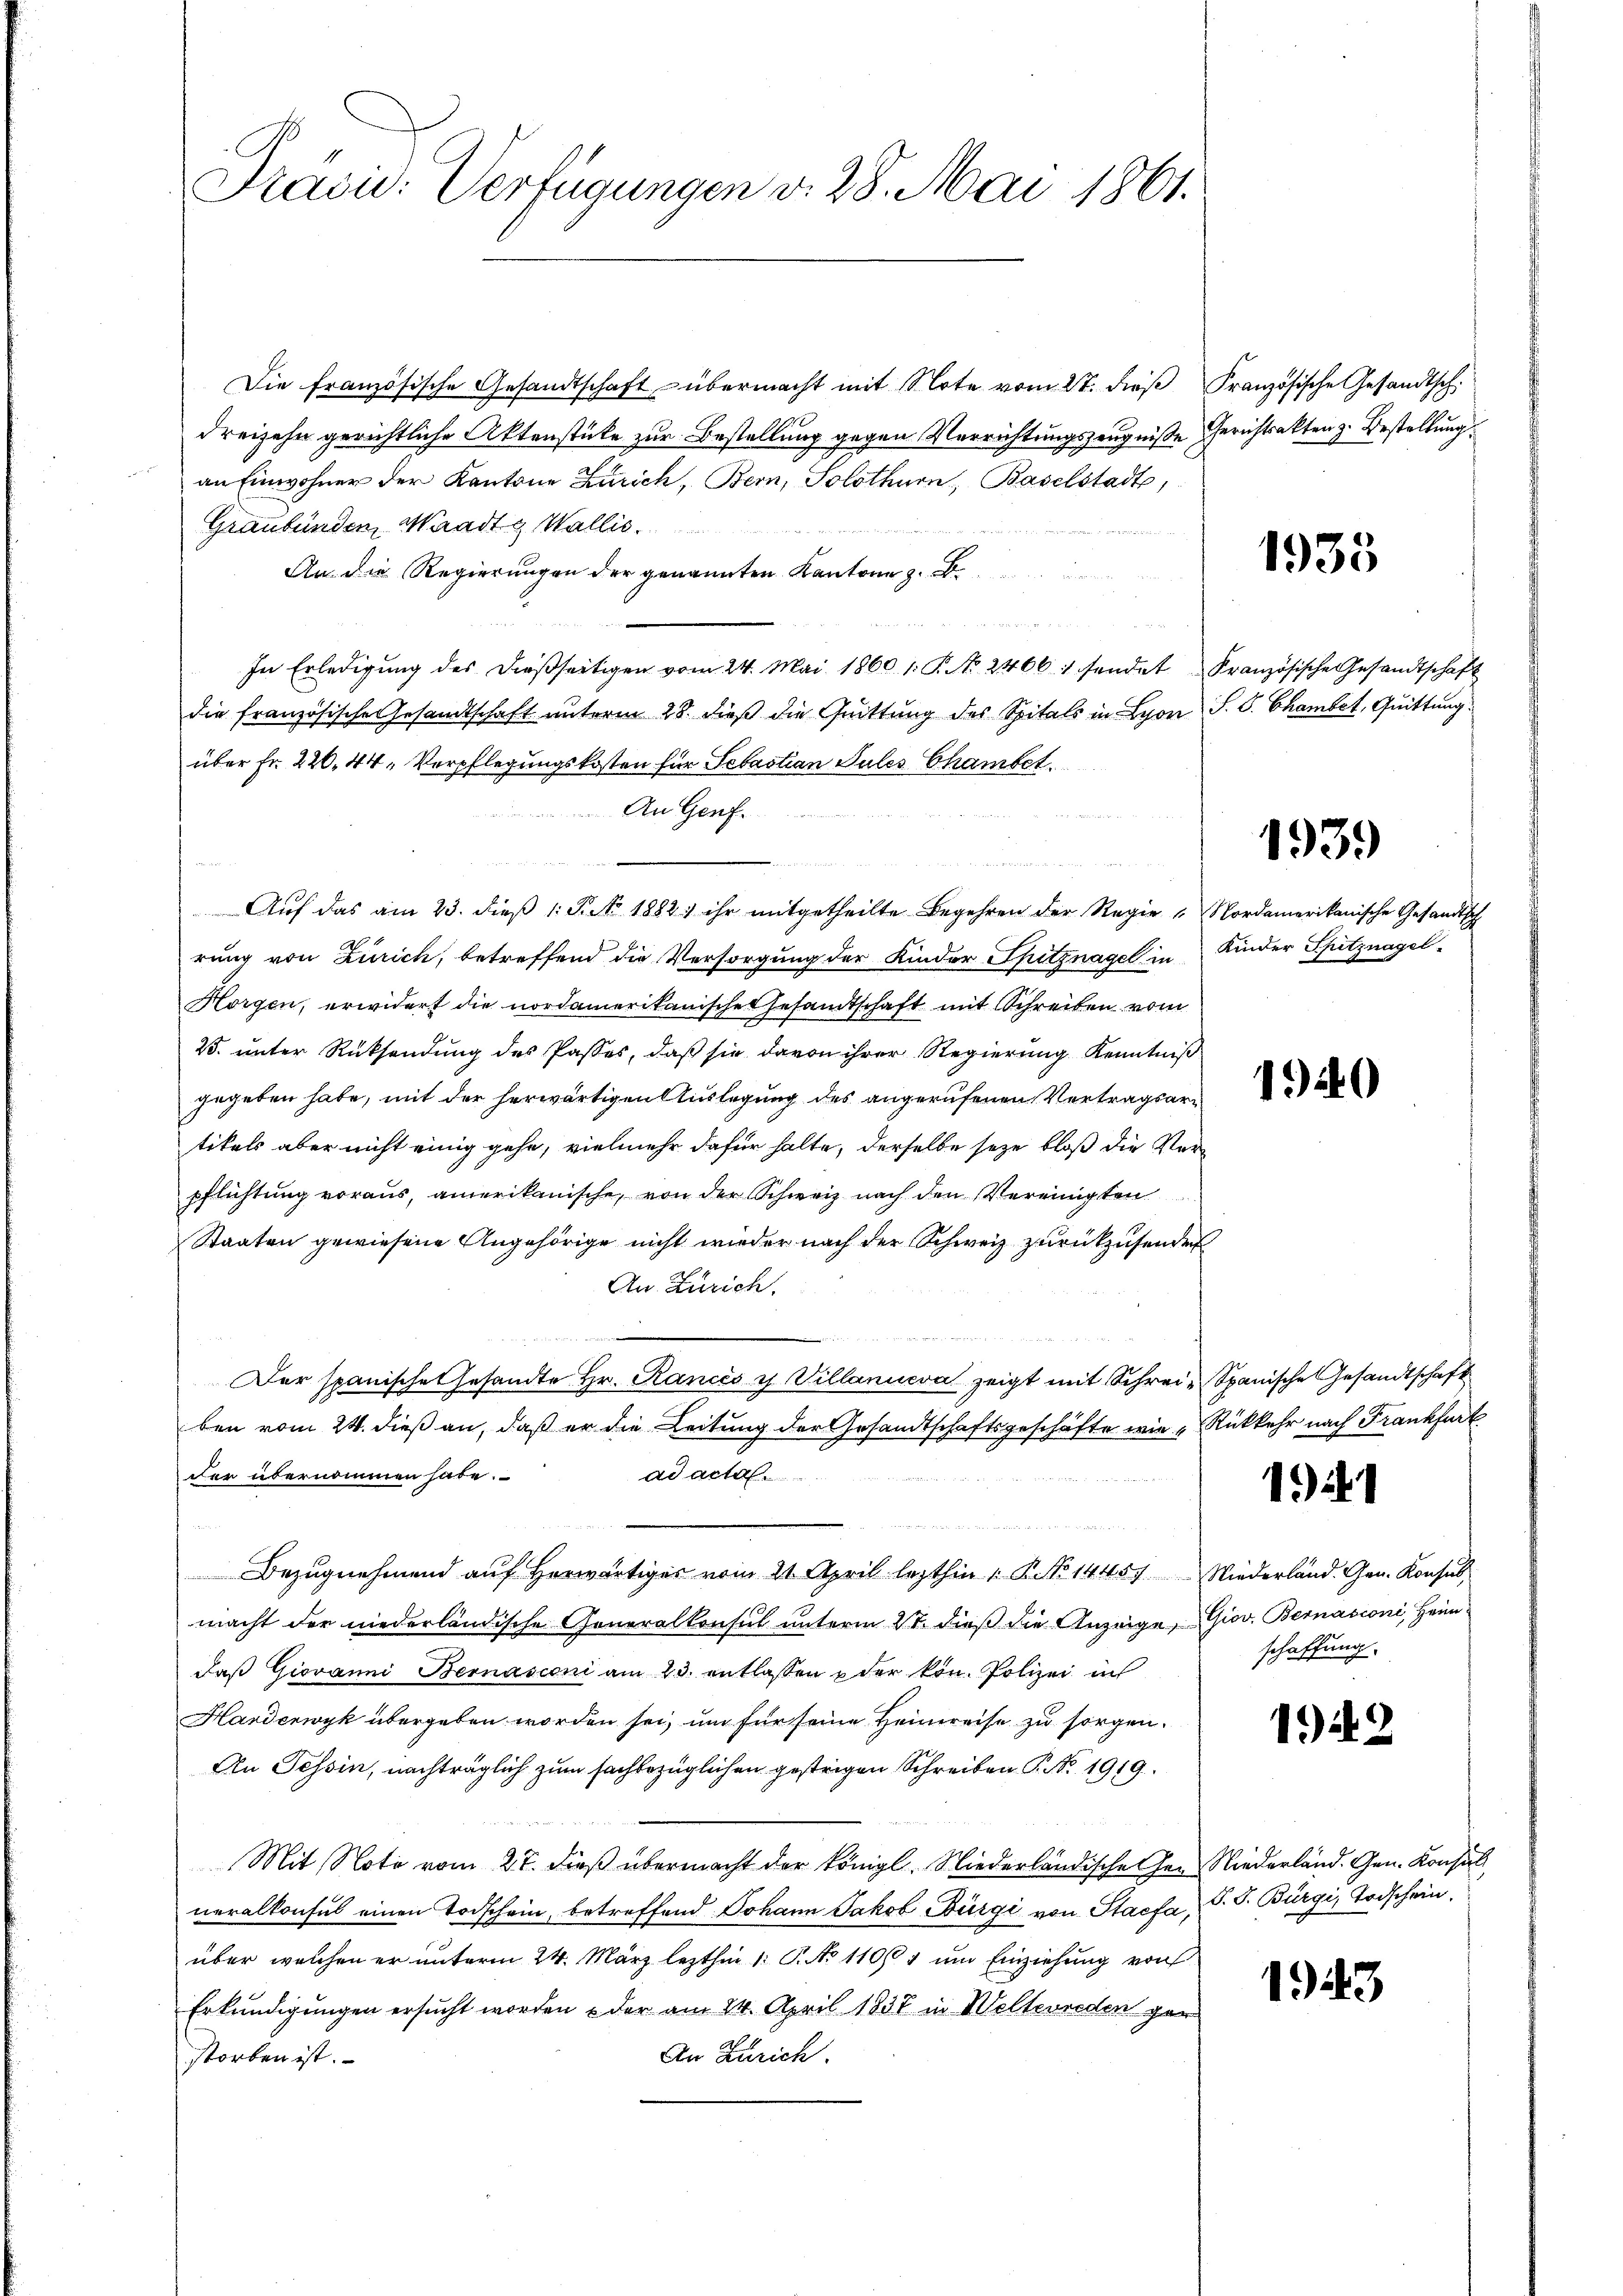
Präsid. Verfügungen v. 28. Mai 1861.

Die französische Gesandtschaft übermacht mit Note vom 27. dieß
dreizehn gerichtliche Aktenstücke zur Bestellung gegen Verrichtungszeugniße
an Einwohner der Kantone Zürich, Bern, Solothurn, Baselstadt,
Graubünden, Waadt & Wallis

An die Regierungen der genannten Kantone z. B.
e
2 x 2 x
In Erledigung des dießseitigen vom 24. Mai 1860 1: P. No. 2466. sendet
die französische Gesandtschaft unterm 28. dieß die Quittung des Spitals in Lyon
über Fr. 220, 44. Verpflegungskosten für Sebastian Sules Chambet.
An Genf.
Aŭf das am 23. dieβ 1: P. Nr. 1882 ihr mitgetheilte Begehren der Regie "Nordamerikanische Gesandtsch
rung von Zürich, betreffend die Versorgung der Kinder Spitznagel in
Horgen, erwidert die nordamerikanischen Gesamtschaft mit Schreiben vom
25. unter Rücksendung des Passes, daß sie davon ihrer Regierung Kenntniß
gegeben habe, mit der herwärtigen Auslegung des angerufenen Vertragsartikels aber nicht einig gehe, vielmehr dafür halte, derselbe seye bloß die Verpflichtung voraus, amerikanische, von der Schweiz nach den Vereinigten
Staaten gewiesene Angehörige nicht wieder nach der Schweiz zurückzusender
An Zürich.
u
Der spanische Gesandte Hr. Rancés u Villanueva zeigt mit Schreie Spanische Gesandtschaft
ben vom 24. dieß an, daß er die Leitung der Gesandtschaftsgeschäfte wie
ad actal
der übernommen habe.
Bezugnehmend auf Herwärtiger vom 21. April lezthin 1 R. No 14457
macht der niederländische Generaltensit unterm 2t dieß die Anzeige,
daß Giovanni Bernasconi am 23. entlassen & der kön. Polizei in
Hardenwyk übergeben worden sei, um für seine Heimreise zu sorgen.
An Tessin, nachträglich zum sachbezüglichen gestrigen Schreiben P. No. 1919.
Mit Note vom 27. dieß übermacht der Königl. Niederländischehen
neralkonsul einen Todschein, betreffend Johann Jakob Bürgi von Staefa,
über welchen er unterm 24. März lezthin 1. P. No 11061 um Einziehung von
Erkundigungen ersucht worden u der am 24. April 1837 in Welterreden ger
An Zürich.
storben ist.

f

Französische Gesandtsch.
Gerichtsakten z. Bestellung.

1935

Französische Gesandtschaft
S. S. Chambet, Quittung.

1939

Kinder Spitznagel.

140

Rükkehr nach Frankfurt

1)

Niederland. Gen. Konsul,
Giov. Bernasconi, Heim
schaffung.

1942

Niederland. Gen. Konsul
S. J. Bürgi, Todschein.

1943